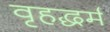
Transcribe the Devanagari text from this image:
वृहद्धर्म